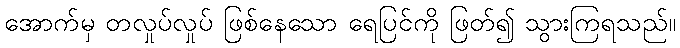
အောက်မှ တလှုပ်လှုပ် ဖြစ်နေသော ရေပြင်ကို ဖြတ်၍ သွားကြရသည်။